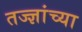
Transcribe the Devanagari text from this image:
तज्ज्ञांच्‍या